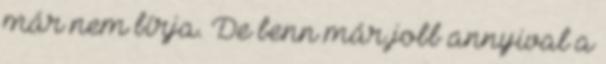
már nem bírja. De benn már jobb annyival a